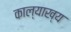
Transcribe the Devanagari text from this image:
काल्याख्य